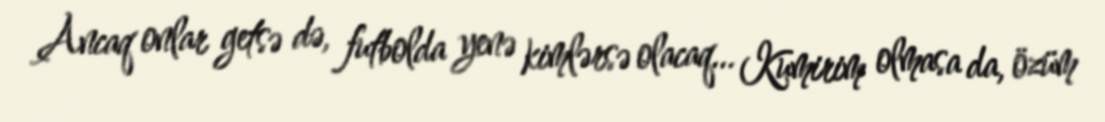
Ancaq onlar getsə də, futbolda yenə kimlərsə olacaq... Kumirim olmasa da, özüm